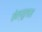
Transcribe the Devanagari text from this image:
सेल्यूलास